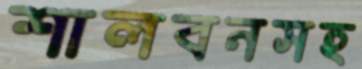
শালবনসহ